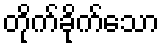
တိုက်ခိုက်သော